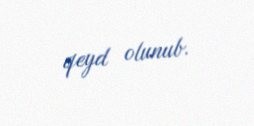
qeyd olunub.